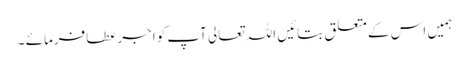
ہمیں اس کےمتعلق بتائیں اللہ تعالی آپ کواجرعطافرمائے ۔